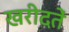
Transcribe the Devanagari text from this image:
खरीदतें